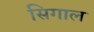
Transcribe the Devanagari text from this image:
सिगाल